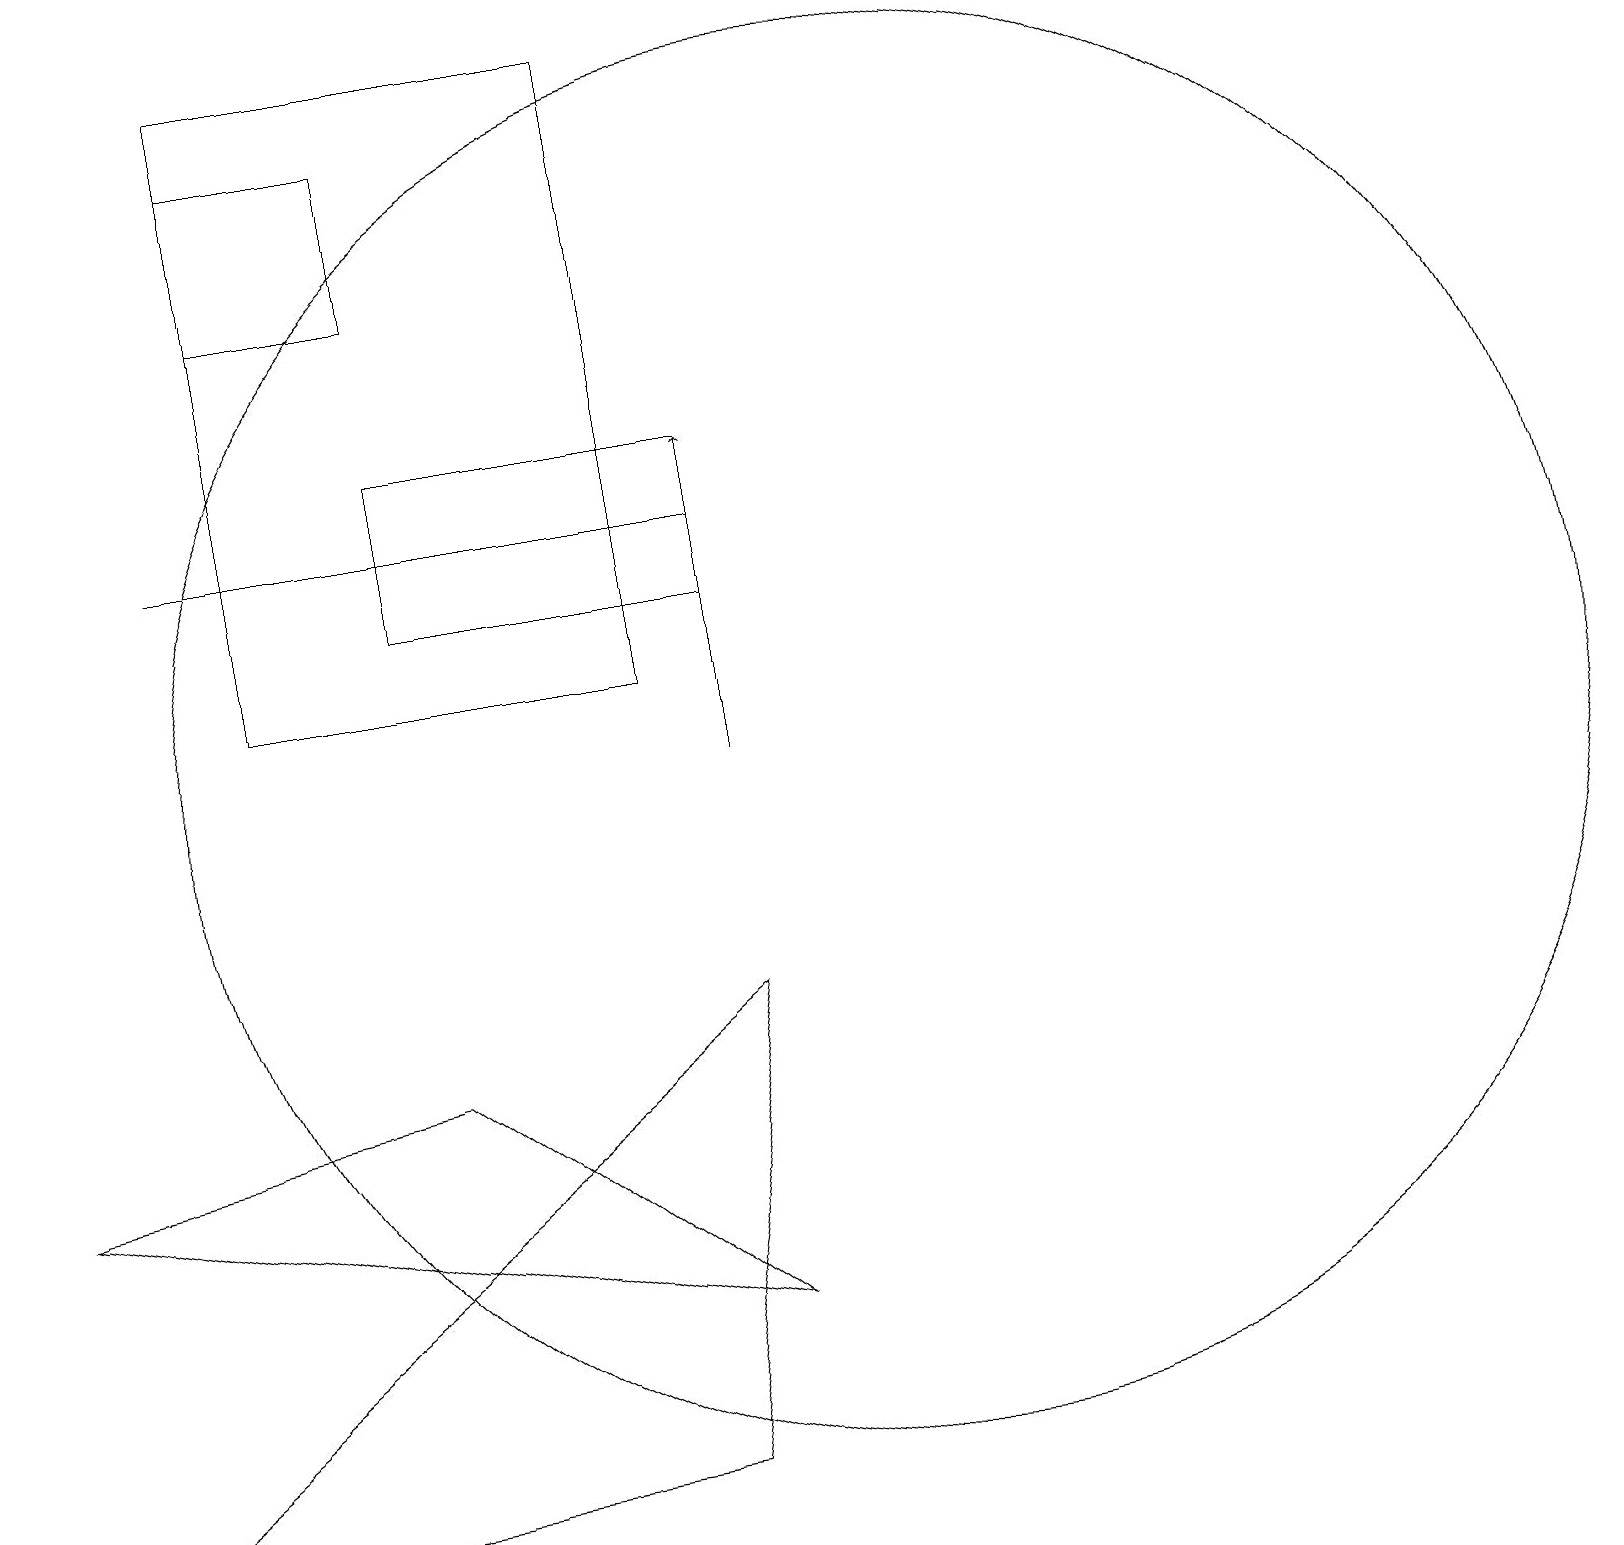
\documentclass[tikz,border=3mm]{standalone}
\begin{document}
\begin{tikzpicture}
\draw (3,18) rectangle (5,16);
\draw (8,1) -- (9,7) -- (0,0) -- cycle;
\draw[->] (9,10) -- (9,14);
\draw (0,5) -- (9,3) -- (5,6) -- cycle;
\draw (9,13) rectangle (2,13);
\draw (5,14) rectangle (9,12);
\draw (8,19) rectangle (3,11);
\draw (11,10) circle (9);
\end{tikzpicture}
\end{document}